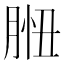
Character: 𦛾